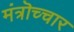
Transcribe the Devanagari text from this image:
मंत्रॊच्चार